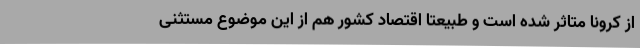
از کرونا متاثر شده است و طبیعتا اقتصاد کشور هم از این موضوع مستثنی